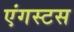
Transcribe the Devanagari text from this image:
एंगस्टस